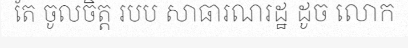
តែ ចូលចិត្ត របប សាធារណរដ្ឋ ដូច លោក